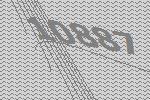
10887